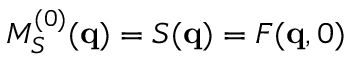
M _ { S } ^ { ( 0 ) } ( \mathbf { q } ) = S ( \mathbf { q } ) = F ( \mathbf { q } , 0 )